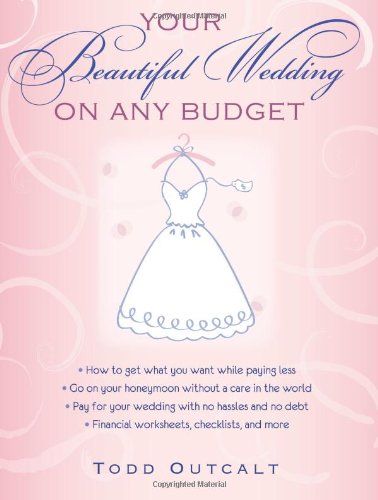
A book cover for Your Beautiful Wedding on Any Budget; Todd Outcalt; Crafts, Hobbies & Home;